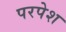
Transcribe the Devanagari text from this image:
परपेश